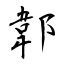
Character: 郼